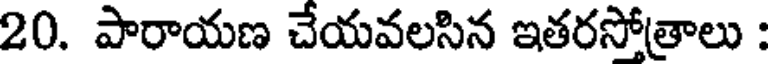
20. పారాయణ చేయవలసిన ఇతరసోత్రాలు :